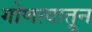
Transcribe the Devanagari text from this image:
गोणत्यातून